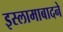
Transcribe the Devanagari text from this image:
इस्लामाबादने